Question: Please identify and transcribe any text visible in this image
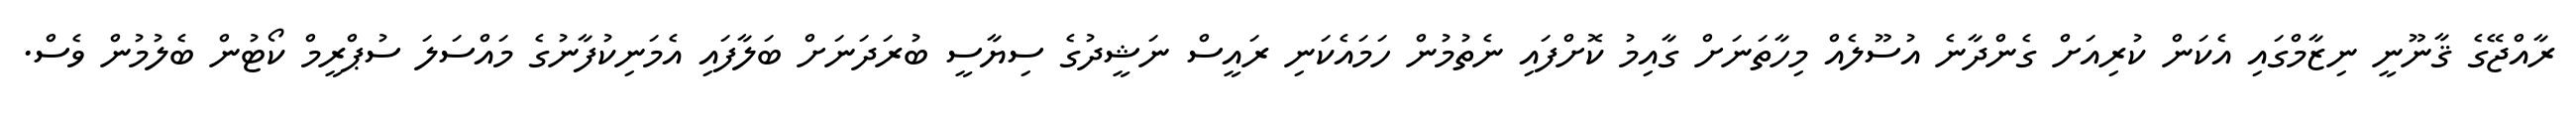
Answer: ރާއްޖޭގެ ޤާނޫނީ ނިޒާމްގައި އެކަން ކުރިއަށް ގެންދާނެ އުސޫލެއް މިހާތަނަށް ގާއިމު ކޮށްފައި ނެތުމުން ހަމައެކަނި ރައީސް ނަޝީދުގެ ސިޔާސީ ބުރަދަނަށް ބަލާފައި އެމަނިކުފާނުގެ މައްސަލަ ސުޕްރީމް ކޯޓުން ބެލުމުން ވެސް.